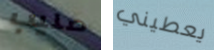
صليب يعطيني